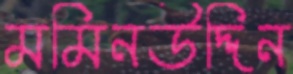
মমিনউদ্দিন